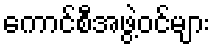
ကောင်စီအဖွဲ့ဝင်များ